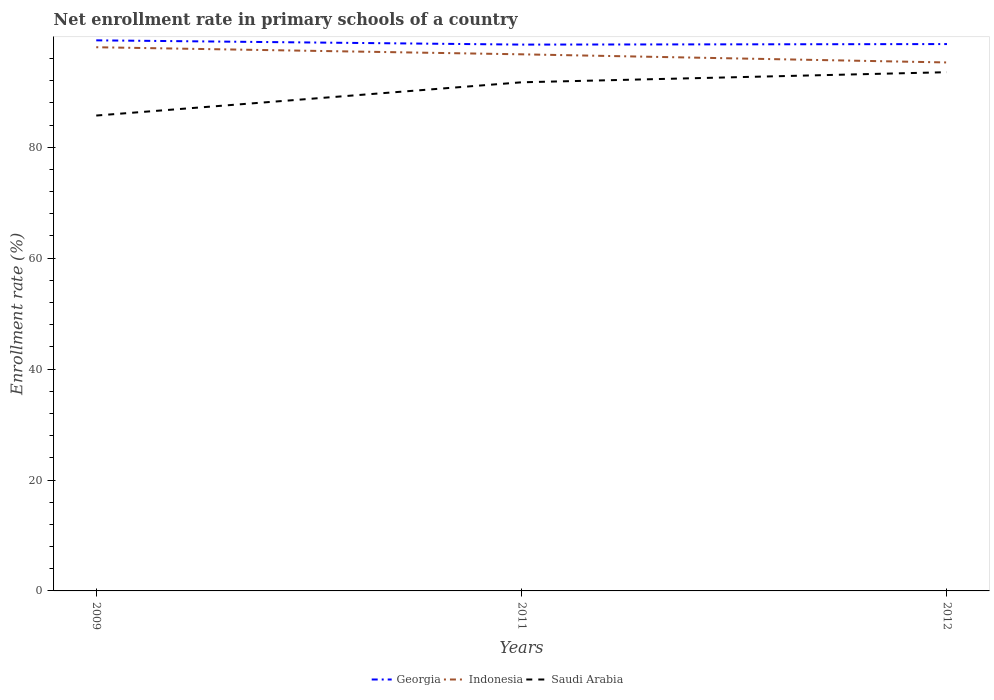
| Years | Georgia | Indonesia | Saudi Arabia |
 | --- | --- | --- | --- |
 | 2009 | 99.3 | 98 | 85.7 |
 | 2011 | 98.5 | 96.8 | 91.7 |
 | 2012 | 98.6 | 95.3 | 93.5 |